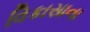
વિકાસાના